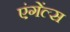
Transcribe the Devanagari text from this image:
एंगेंल्स